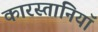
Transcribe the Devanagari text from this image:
कारस्तानियॉ